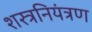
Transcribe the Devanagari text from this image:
शस्त्रनियंत्रण